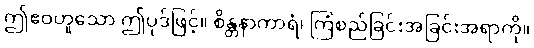
ဤဧဝဟူသော ဤပုဒ်ဖြင့်။ စိန္တနာကာရံ၊ ကြံစည်ခြင်းအခြင်းအရာကို။